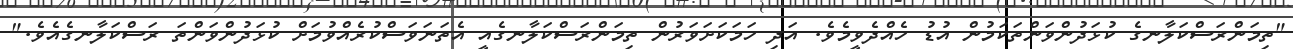
"ތިމަންރަސްކަލާނގެ ކުޅަދުންވަންތަކަމުން އުޑު ހެއްދެވީމެވެ. އަދި ހަމަކަށަވަރުން ތިމަންރަސްކަލާނގެއީ އެތަނަވަސްކުރެއްވުމަށް ކުޅަދުންވަންތަ ރަސްކަލާނގެއެވެ."